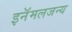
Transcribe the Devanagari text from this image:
इनॅमलजन्य